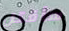
سأقتل